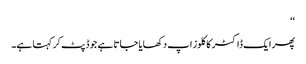
‘‘
پھر ایک ڈاکٹر کا کلوز اپ دکھایا جاتا ہے جو ڈپٹ کر کہتا ہے۔